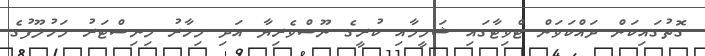
ގޮތުގައިކަން ދައްކަވަން ޓްވިޓާގައި ޝަމީމާއި ކުރީގެ ނޫސްވެރިޔާ އަދި މިހާރު މިނިސްޓަރު މަހުލޫފުގެ